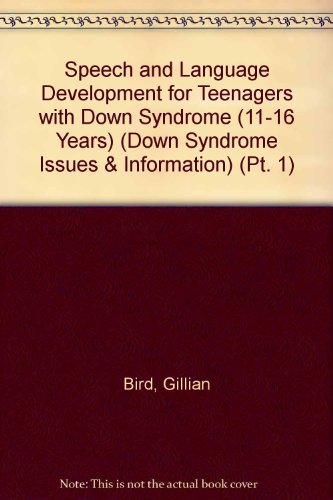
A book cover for Speech and Language Development for Teenagers with Down Syndrome (11-16 Years) (Down Syndrome Issues & Information) (Pt. 1); Gillian Bird; Health, Fitness & Dieting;